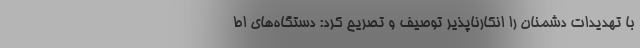
با تهدیدات دشمنان را انکارناپذیر توصیف و تصریح کرد: دستگاه‌های اط